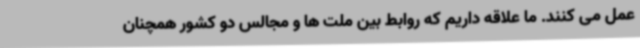
عمل می کنند. ما علاقه داریم که روابط بین ملت ها و مجالس دو کشور همچنان